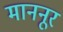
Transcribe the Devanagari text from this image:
माननूर